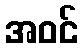
အဝင်